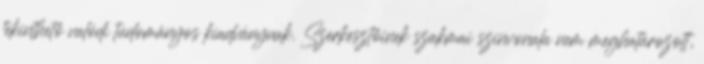
tekinthető valódi tudományos kiadványnak. Szerkesztőinek szakmai szinvonala nem meghatározott,